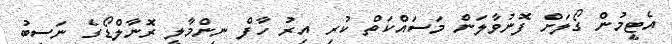
އެޓީމުން ގޯލަށް ފޮނުވާލަން މަސައްކަތް ކުރި އިރު ހާފް ނިންމާލީ ރޮނާލްޑޯގެ ނަސީބު